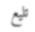
تليع